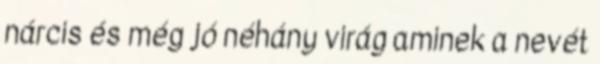
nárcis és még jó néhány virág aminek a nevét